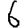
Digit: 6